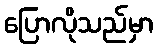
ပြောလိုသည်မှာ